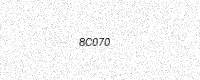
Text: 8C070